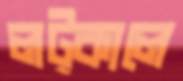
লট্‌কালে